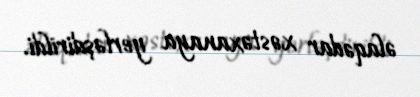
əlaqədar xəstəxanaya yerləşdirildi.